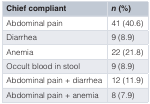
<table><thead><tr><td><b>Chief compliant</b></td><td><b><i>n</i> (%)</b></td></tr></thead><tbody><tr><td>Abdominal pain</td><td>41 (40.6)</td></tr><tr><td>Diarrhea</td><td>9 (8.9)</td></tr><tr><td>Anemia</td><td>22 (21.8)</td></tr><tr><td>Occult blood in stool</td><td>9 (8.9)</td></tr><tr><td>Abdominal pain + diarrhea</td><td>12 (11.9)</td></tr><tr><td>Abdominal pain + anemia</td><td>8 (7.9)</td></tr></tbody></table>